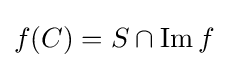
f(C)=S\cap \operatorname {Im} f